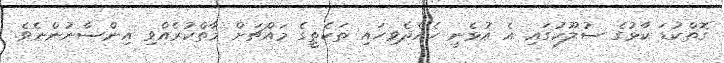
ގޮތްކުޑަ ކާޅުގެ ސުލޫކުގައި އެ އުޅެނީ ހެއްދެވިހައި ތަކެތީގެ މައްޗަށް މާތްކުރެއްވި އިންސާނުންނެވެ.